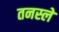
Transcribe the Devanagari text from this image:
तनस्ले